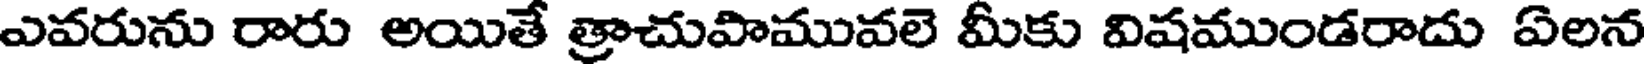
ఎవరును రారు అయితే త్రాచుపామువలె మీకు విషముండరాదు ఏలన